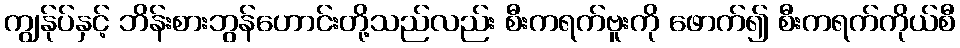
ကျွန်ုပ်နှင့် ဘိန်းစားဘွန်ဟောင်းတို့သည်လည်း စီးကရက်ဗူးကို ဖောက်၍ စီးကရက်ကိုယ်စီ